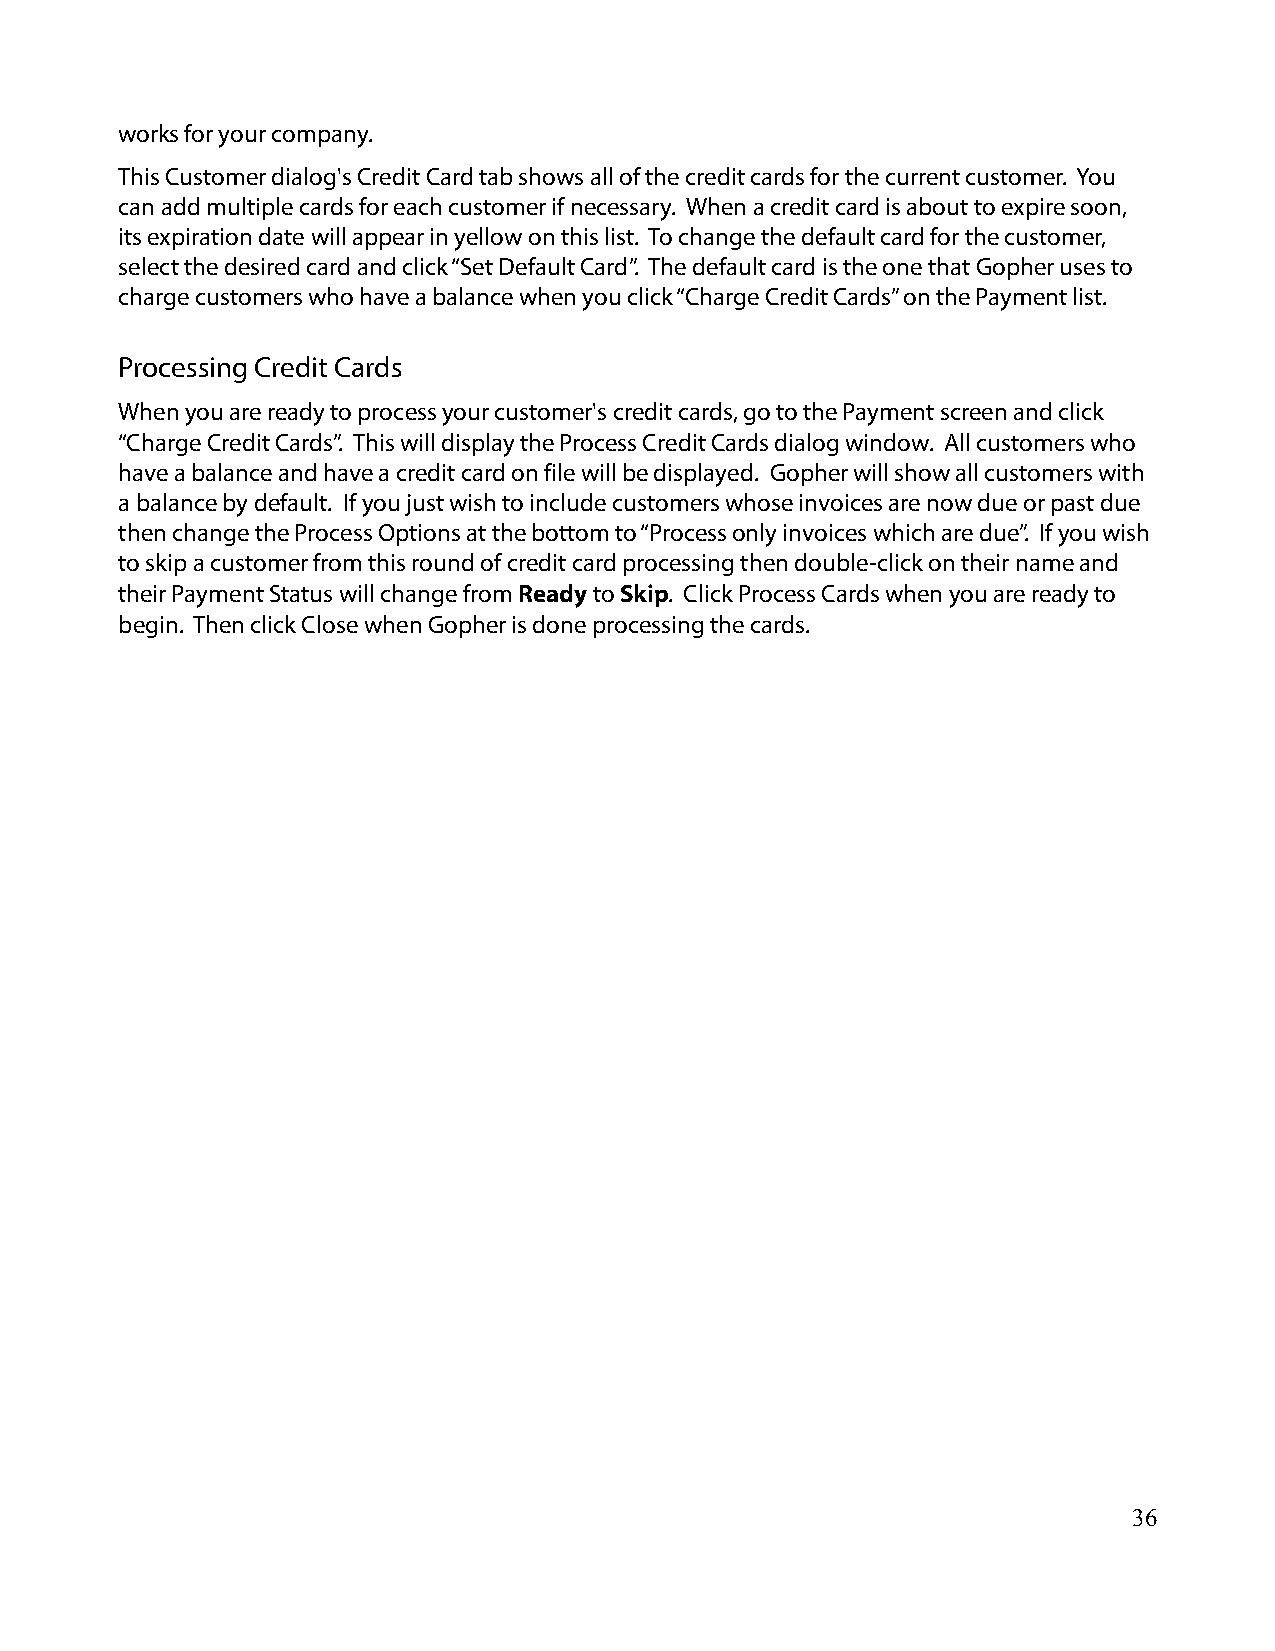
works for your company.
 This Customer dialog's Credit Card tab shows all of the credit cards for the current customer. You
 can add multiple cards for each customer if necessary. When a credit card is about to expire soon,
 its expiration date will appear in yellow on this list. To change the default card for the customer,
 select the desired card and click “Set Default Card”. The default card is the one that Gopher uses to
 charge customers who have a balance when you click “Charge Credit Cards” on the Payment list.
 Processing Credit Cards
 When you are ready to process your customer's credit cards, go to the Payment screen and click
 “Charge Credit Cards”. This will display the Process Credit Cards dialog window. All customers who
 have a balance and have a credit card on file will be displayed. Gopher will show all customers with
 a balance by default. If you just wish to include customers whose invoices are now due or past due
 then change the Process Options at the bottom to “Process only invoices which are due”. If you wish
 to skip a customer from this round of credit card processing then double-click on their name and
 their Payment Status will change from Ready to Skip. Click Process Cards when you are ready to
 begin. Then click Close when Gopher is done processing the cards.
 36